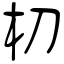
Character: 朷